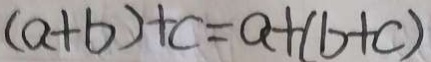
( a + b ) + c = a + ( b + c )